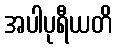
အပါပုရီယတိ